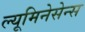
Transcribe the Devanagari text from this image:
ल्यूमिनेसेन्स